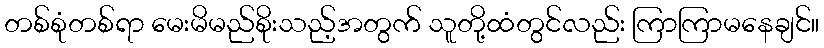
တစ်စုံတစ်ရာ မေးမိမည်စိုးသည့်အတွက် သူတို့ထံတွင်လည်း ကြာကြာမနေချင်။